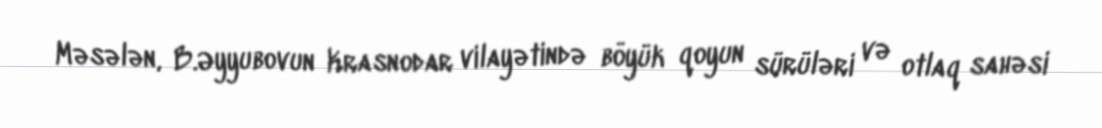
Məsələn, B.Əyyubovun Krasnodar vilayətində böyük qoyun sürüləri və otlaq sahəsi